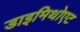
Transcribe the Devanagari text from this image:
डाइमिथोएट